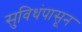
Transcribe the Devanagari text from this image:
सुविधंपासून